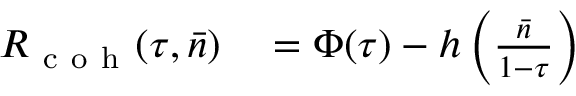
\begin{array} { r l } { R _ { \mathrm { ~ c ~ o ~ h ~ } } ( \tau , \bar { n } ) } & { { } = \Phi ( \tau ) - h \left( \frac { \bar { n } } { 1 - \tau } \right) } \end{array}